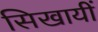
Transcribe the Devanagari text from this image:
सिखायीं